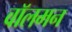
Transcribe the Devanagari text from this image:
वॉलमन